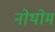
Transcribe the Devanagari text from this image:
नोथोम